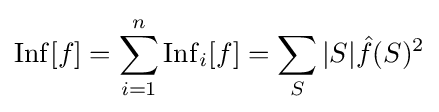
\operatorname {Inf} [f]=\sum _{i=1}^{n}\operatorname {Inf} _{i}[f]=\sum _{S}|S|{\hat {f}}(S)^{2}